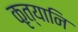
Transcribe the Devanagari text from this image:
कृत्यानि